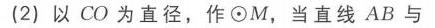
(2) 以\(CO\)为直径，作\(\odot M\)，当直线\(AB\)与